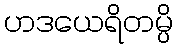
ဟဒယေရိတမ္ပိ